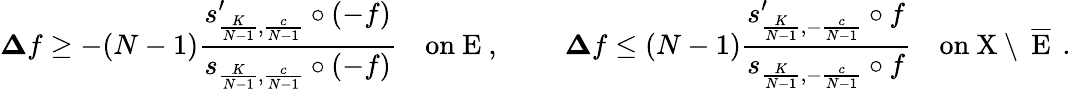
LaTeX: \boldsymbol{\Delta}f\ge-(N-1)\frac{s_{\frac{K}{N-1},\frac{c}{N-1}}^{\prime}\circ\left(-f\right)}{s_{\frac{K}{N-1},\frac{c}{N-1}}\circ\left(-f\right)}\quad\mathrm{on~E~,~}\qquad\boldsymbol{\Delta}f\le(N-1)\frac{s_{\frac{K}{N-1},-\frac{c}{N-1}}^{\prime}\circ f}{s_{\frac{K}{N-1},-\frac{c}{N-1}}\circ f}\quad\mathrm{on~X\setminus~\overline{{E}}~}\, .